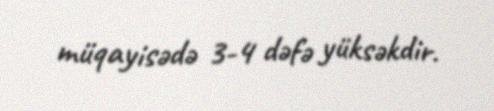
müqayisədə 3-4 dəfə yüksəkdir.